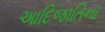
આદિજાતિના